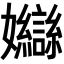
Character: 𡤣